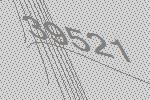
39521